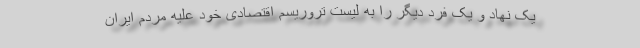
یک نهاد و یک فرد دیگر را به لیست تروریسم اقتصادی خود علیه مردم ایران